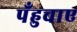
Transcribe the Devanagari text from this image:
पँहुचाए